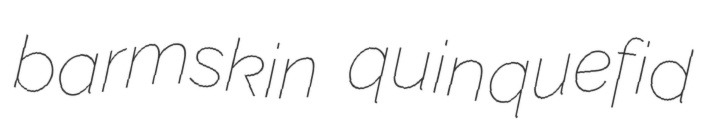
barmskin quinquefid